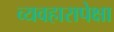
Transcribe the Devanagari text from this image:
व्यवहारापेक्षा